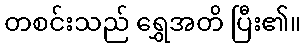
တစင်းသည် ရွှေအတိ ပြီး၏။